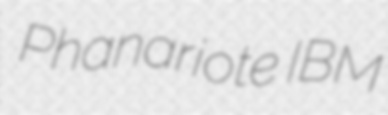
Phanariote IBM